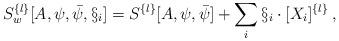
LaTeX: \begin{align*} S^{\{l\}}_w[A,\psi,\bar\psi,\S_i] = S^{\{l\}}[A,\psi,\bar\psi] + \sum_i \S_i \cdot [X_i]^{\{l\}} \: ,\end{align*}